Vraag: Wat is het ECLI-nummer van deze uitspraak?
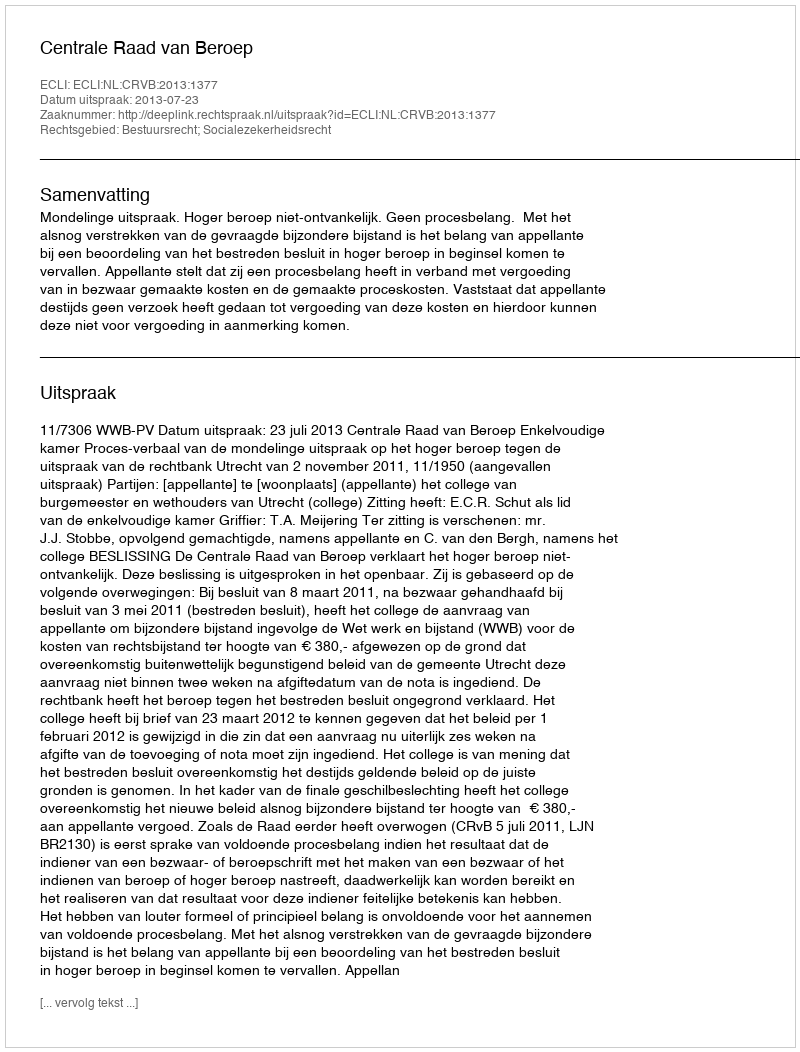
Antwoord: ECLI:NL:CRVB:2013:1377